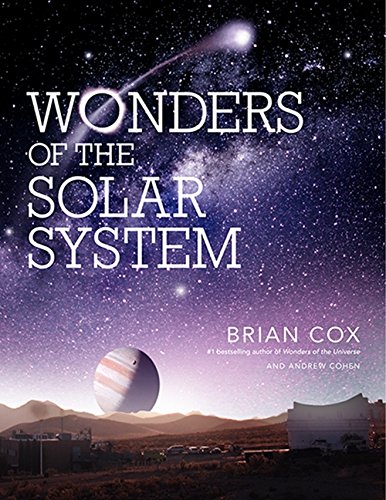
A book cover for Wonders of the Solar System (Wonders Series); Brian Cox; Science & Math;